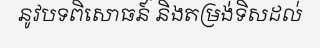
នូវបទពិសោធន៍ និងតម្រង់ទិសដល់